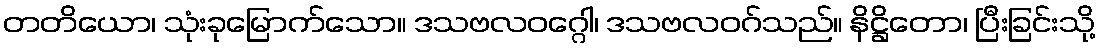
တတိယော၊ သုံးခုမြောက်သော။ ဒသဗလဝဂ္ဂေါ၊ ဒသဗလဝဂ်သည်။ နိဋ္ဌိတော၊ ပြီးခြင်းသို့